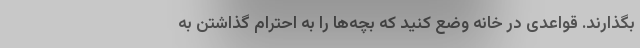
بگذارند. قواعدی در خانه وضع کنید که بچه‌ها را به احترام گذاشتن به